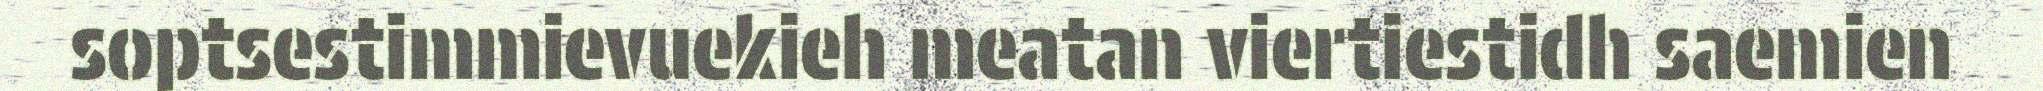
soptsestimmievuekieh meatan viertiestidh saemien